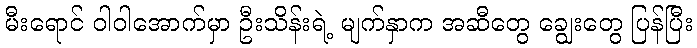
မီးရောင် ဝါဝါအောက်မှာ ဦးသိန်းရဲ့ မျက်နှာက အဆီတွေ ချွေးတွေ ပြန်ပြီး